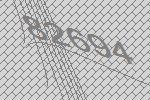
82694